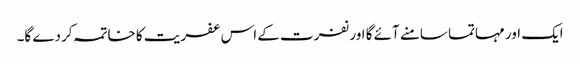
ایک اور مہاتما سامنے آئے گا اور نفرت کے اس عفریت کا خاتمہ کردے گا۔